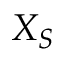
X _ { S }